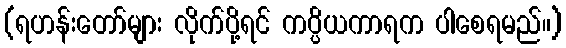
(ရဟန်းတော်များ လိုက်ပို့ရင် ကပ္ပိယကာရက ပါစေရမည်။)